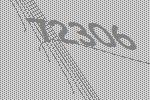
72306